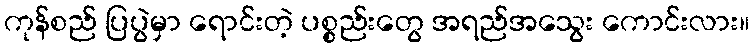
ကုန်စည် ပြပွဲမှာ ရောင်းတဲ့ ပစ္စည်းတွေ အရည်အသွေး ကောင်းလား။